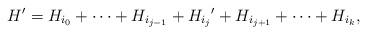
LaTeX: \begin{align*}H' = H_{i_0} + \cdots +H_{i_{j-1}}+{H_{i_j}}'+H_{i_{j+1}}+\cdots+H_{i_k},\end{align*}